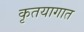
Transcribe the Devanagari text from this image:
कृतयागात